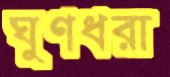
ঘুণধরা